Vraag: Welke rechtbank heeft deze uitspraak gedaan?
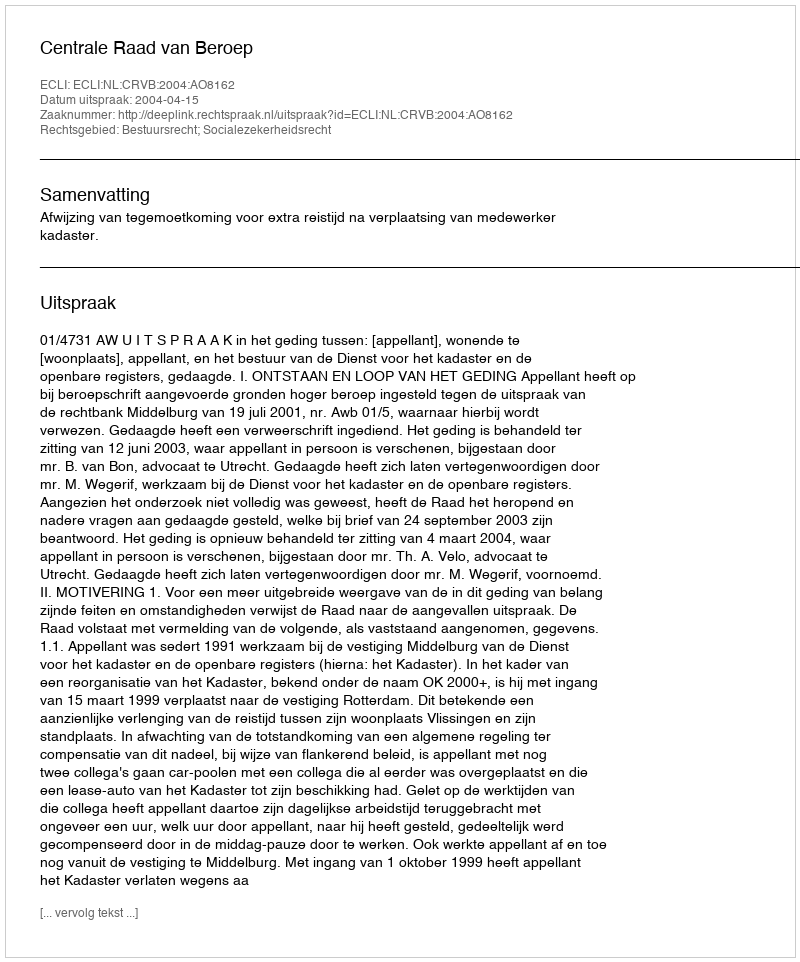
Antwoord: Centrale Raad van Beroep